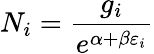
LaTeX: N_{i}={\frac{g_{i}}{e^{\alpha+\beta\varepsilon_{i}}}}